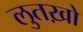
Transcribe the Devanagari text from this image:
लुतख़ो